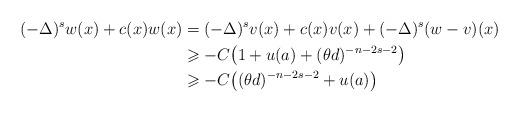
LaTeX: \begin{align*}(-\Delta)^sw(x)+c(x)w(x) &= (-\Delta )^s v (x)+c(x) v(x) + (-\Delta)^s (w-v)(x) \\ &\geqslant -C \big (1 + u(a) +(\theta d)^{-n-2s-2} \big ) \\&\geqslant -C \big ( (\theta d)^{-n-2s-2}+u(a) \big ) \end{align*}